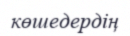
көшедердің